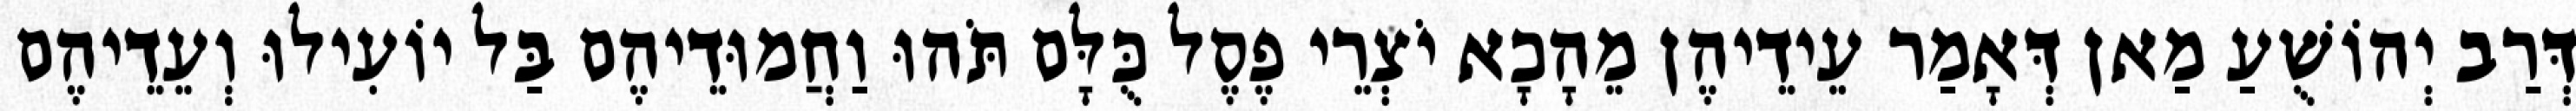
דְּרַב יְהוֹשֻׁעַ מַאן דְּאָמַר עֵידֵיהֶן מֵהָכָא יֹצְרֵי פֶסֶל כֻּלָּם תֹּהוּ וַחֲמוּדֵיהֶם בַּל יוֹעִילוּ וְעֵדֵיהֶם